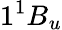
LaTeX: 1^{1}B_{u}